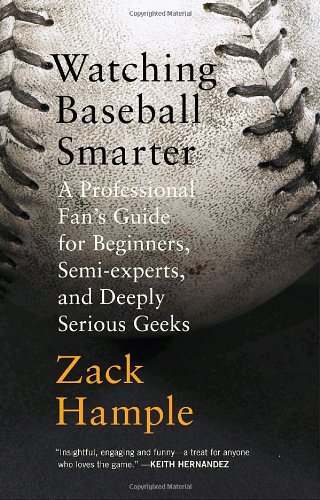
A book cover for Watching Baseball Smarter: A Professional Fan's Guide for Beginners, Semi-experts, and Deeply Serious Geeks; Zack Hample; Sports & Outdoors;